Civil Veterinary Department Bengal reports 1923-33 - 1923-1933
Year: 1923
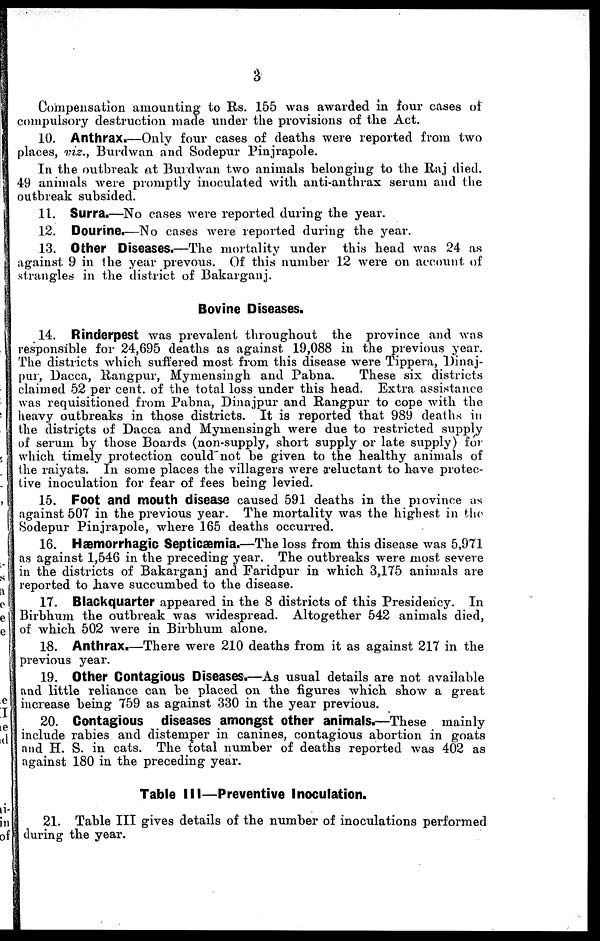
6
Compensation amounting to Rs. 155 was awarded in four cases of
compulsory destruction made under the provisions of the Act.
10. Anthrax.—Only four cases of deaths were reported from two
places, viz., Burdwan and Sodepur Pinjrapole.
In the outbreak at Burdwan two animals belonging to the Raj died.
49 animals were promptly inoculated with anti-anthrax serum and the
outbreak subsided.
11. Surra.—No cases were reported during the year.
12. Dourine.—No cases were reported during the year.
13. Other Diseases.—The mortality under this head was 24 as
against 9 in the year prevous. Of this number 12 were on account of
strangles in the district of Bakarganj.
Bovine Diseases.
14. Rinderpest was prevalent throughout the province and was
responsible for 24,695 deaths as against 19,088 in the previous year.
The districts which suffered most from this disease were Tippera, Dinaj-
pur, Dacca, Rangpur, Mymensingh and Pabna.
These six districts
claimed 52 per cent. of the total loss under this head. Extra assistance
was requisitioned from Pabna, Dinajpur and Rangpur to cope with the
heavy outbreaks in those districts. It is reported that 989 deaths in
the districts of Dacca and Mymensingh were due to restricted supply
of serum by those Boards (non-supply, short supply or late supply) for
which timely protection could not be given to the healthy animals of
the raiyats. In some places the villagers were reluctant to have protec-
tive inoculation for fear of fees being levied.
15. Foot and mouth disease caused 591 deaths in the province as
against 507 in the previous year. The mortality was the highest in the
Sodepur Pinjrapole, where 165 deaths occurred.
16. Hæmorrhagic Septicæmia.—The loss from this disease was 5,971
as against 1,546 in the preceding year. The outbreaks were most severe
in the districts of Bakarganj and Faridpur in which 3,175 animals are
reported to have succumbed to the disease.
17. Blackquarter appeared in the 8 districts of this Presidency. In
Birbhum the outbreak was widespread. Altogether 542 animals died,
of which 502 were in Birbhum alone.
18. Anthrax.—There were 210 deaths from it as against 217 in the
previous year.
19. Other Contagious Diseases.—As usual details are not available
and little reliance can be placed on the figures which show a great
increase being 759 as against 330 in the year previous.
20. Contagious diseases amongst other animals.—These mainly
include rabies and distemper in canines, contagious abortion in goats
and H. S. in cats. The total number of deaths reported was 402 as
against 180 in the preceding year.
Table III—Preventive Inoculation.
21. Table III gives details of the number of inoculations performed
during the year.